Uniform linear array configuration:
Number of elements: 4
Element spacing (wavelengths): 0.75
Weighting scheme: exponential
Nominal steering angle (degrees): -60
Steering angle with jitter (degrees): -59.952
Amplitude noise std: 0.05
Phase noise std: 0.05

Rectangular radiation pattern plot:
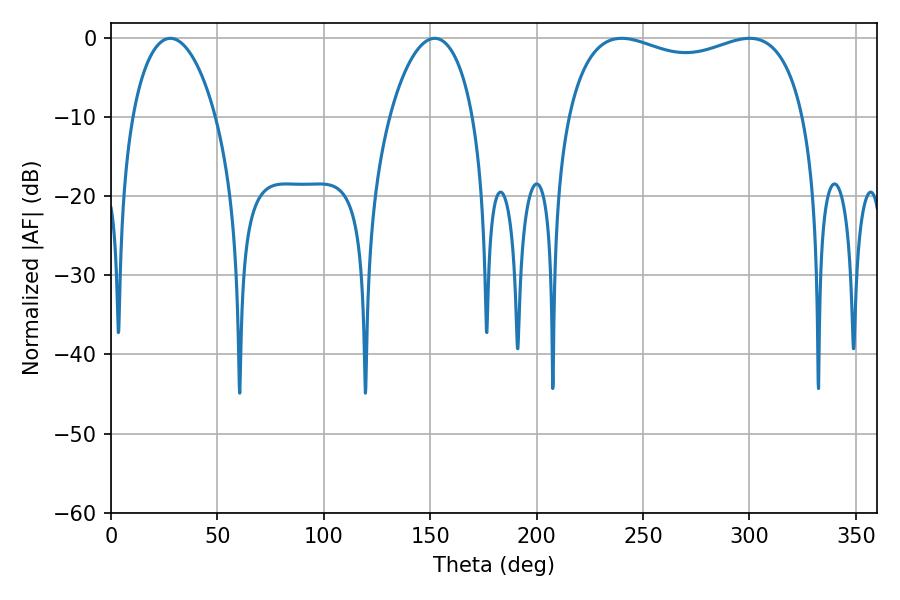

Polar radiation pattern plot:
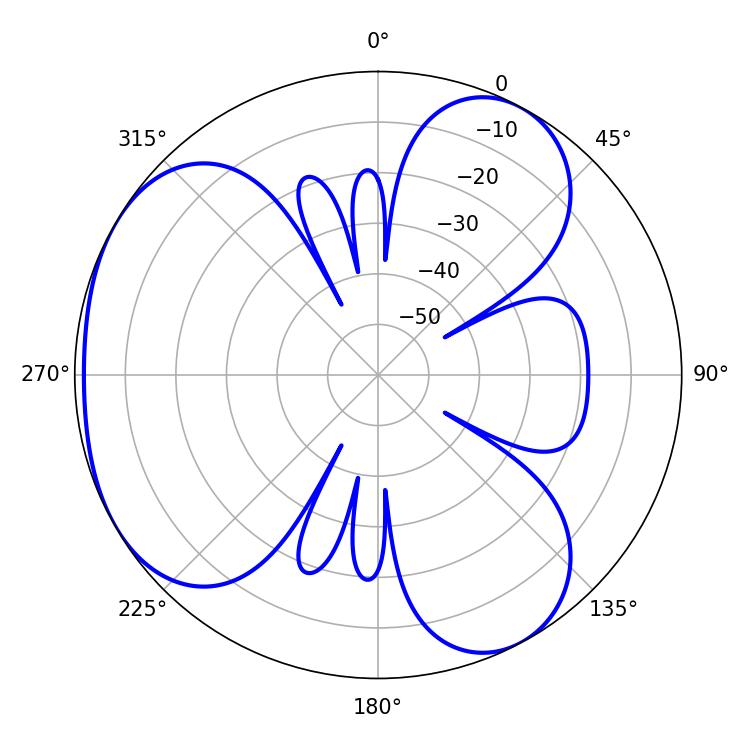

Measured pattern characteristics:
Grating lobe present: TRUE
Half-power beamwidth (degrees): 91.8
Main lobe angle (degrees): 239.94